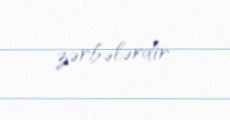
zərbələrdir.